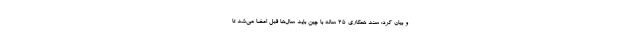
و بیان کرد: سند همکاری ۲۵ ساله با چین باید سال‌ها قبل امضا می‌شد تا